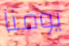
يومنا